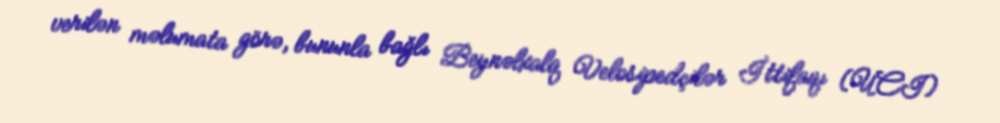
verilən məlumata görə, bununla bağlı Beynəlxalq Velosipedçilər İttifaqı (UCI)